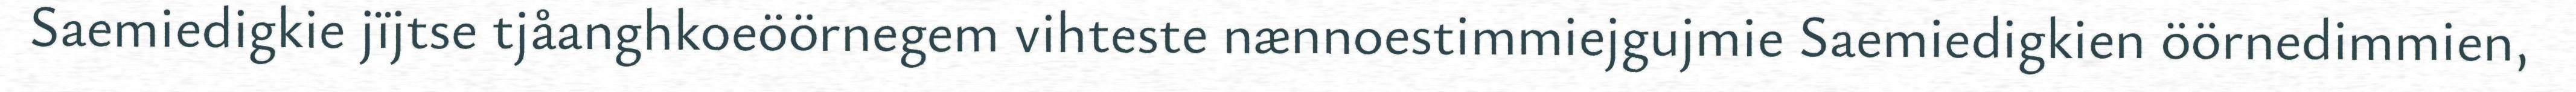
Saemiedigkie jïjtse tjåanghkoeöörnegem vihteste nænnoestimmiejgujmie Saemiedigkien öörnedimmien,